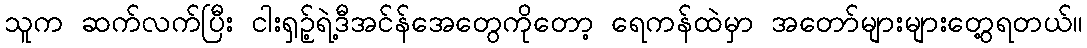
သူက ဆက်လက်ပြီး ငါးရှဉ့်ရဲ့ဒီအင်န်အေတွေကိုတော့ ရေကန်ထဲမှာ အတော်များများတွေ့ရတယ်။